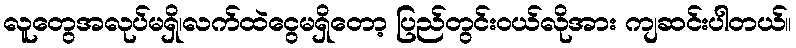
လူတွေအလုပ်မရှိ၊လက်ထဲငွေမရှိတော့ ပြည်တွင်းဝယ်လိုအား ကျဆင်းပါတယ်။